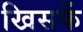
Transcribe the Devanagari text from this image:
खिसकें